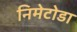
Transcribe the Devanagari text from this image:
निमेटोडा